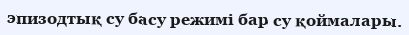
эпизодтық су басу режимі бар су қоймалары.